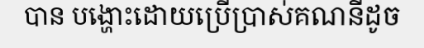
បាន បង្ហោះដោយប្រើប្រាស់គណនីដូច